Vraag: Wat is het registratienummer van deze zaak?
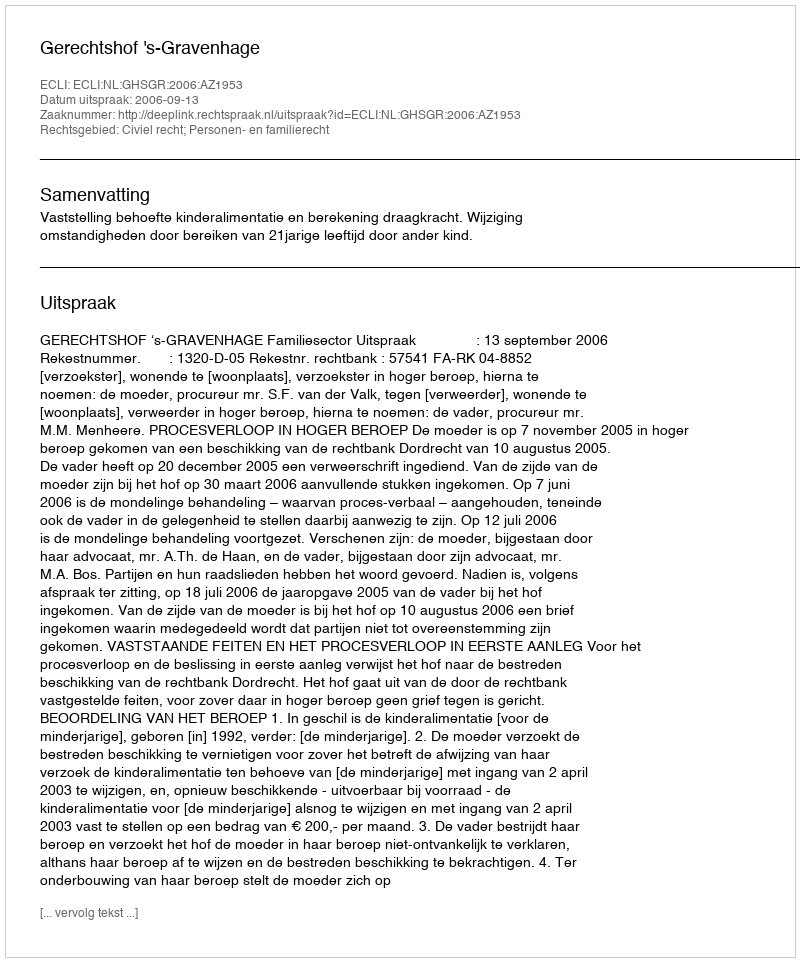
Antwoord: http://deeplink.rechtspraak.nl/uitspraak?id=ECLI:NL:GHSGR:2006:AZ1953